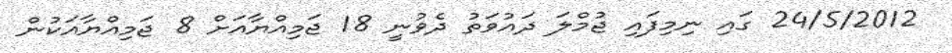
24/5/2012 ގައި ނިމިފައި ޖުމްލަ ދައުވަތު ދެވުނީ 18 ޖަމިއްޔާއަށް 8 ޖަމިއްޔާއަކުން